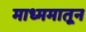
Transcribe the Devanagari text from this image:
माध्ममातून